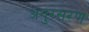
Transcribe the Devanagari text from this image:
अनुरसरण